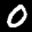
Label: 0